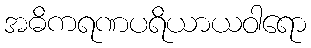
အဓိကရဏပရိယာယဝါရော